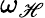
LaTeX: \omega_{\mathscr{H}}